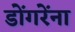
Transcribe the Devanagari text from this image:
डोंगरेंना